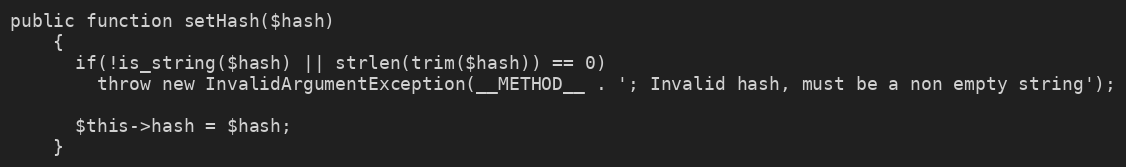
Language: PHP
public function setHash($hash)
    {
      if(!is_string($hash) || strlen(trim($hash)) == 0)
        throw new InvalidArgumentException(__METHOD__ . '; Invalid hash, must be a non empty string');

      $this->hash = $hash;
    }